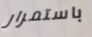
باستمرار